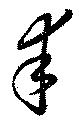
幸